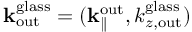
{ \bf k } _ { \mathrm { o u t } } ^ { \mathrm { g l a s s } } = ( { \bf k } _ { \parallel } ^ { \mathrm { o u t } } , k _ { z , \mathrm { o u t } } ^ { \mathrm { g l a s s } } )